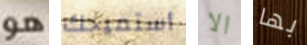
هو أستميحك الا بها